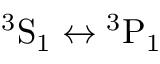
^ 3 \mathrm { S } _ { 1 } \leftrightarrow { } ^ { 3 } \mathrm { P } _ { 1 }